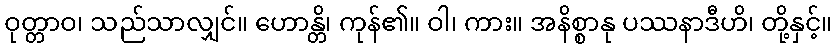
ဝုတ္တာဝ၊ သည်သာလျှင်။ ဟောန္တိ၊ ကုန်၏။ ဝါ၊ ကား။ အနိစ္စာနု ပဿနာဒီဟိ၊ တို့နှင့်။